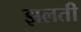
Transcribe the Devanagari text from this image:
झलती